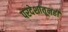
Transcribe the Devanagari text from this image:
परदेशांतूनही